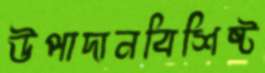
উপাদানবিশিষ্ট